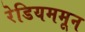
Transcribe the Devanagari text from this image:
रेडियममून